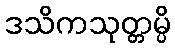
ဒသိကသုတ္တမ္ပိ